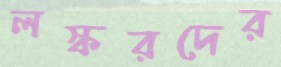
লস্করদের